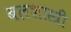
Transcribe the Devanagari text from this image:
बलशास्त्री